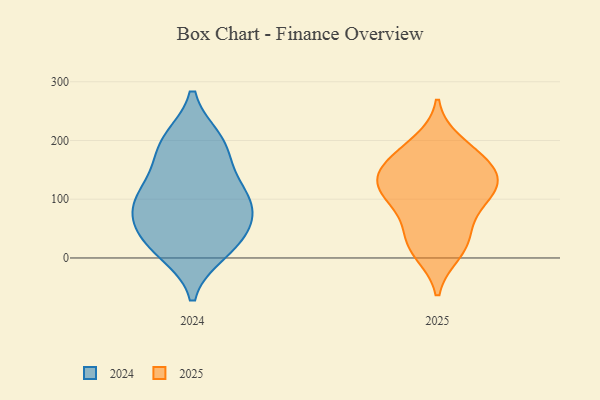
{"axis": {"x": "Demand Index", "y": "Value"}, "legend": ["2024", "2025"], "data": [{"x": "", "y": 20, "type": "2025"}, {"x": "", "y": 10, "type": "2025"}, {"x": "", "y": 154, "type": "2025"}, {"x": "", "y": 116, "type": "2025"}, {"x": "", "y": 102, "type": "2025"}, {"x": "", "y": 196, "type": "2025"}, {"x": "", "y": 179, "type": "2025"}, {"x": "", "y": 113, "type": "2025"}, {"x": "", "y": 155, "type": "2025"}, {"x": "", "y": 33, "type": "2025"}, {"x": "", "y": 106, "type": "2025"}, {"x": "", "y": 152, "type": "2025"}, {"x": "", "y": 130, "type": "2025"}, {"x": "", "y": 59, "type": "2025"}, {"x": "", "y": 91, "type": "2024"}, {"x": "", "y": 135, "type": "2024"}, {"x": "", "y": 196, "type": "2024"}, {"x": "", "y": 45, "type": "2024"}, {"x": "", "y": 85, "type": "2024"}, {"x": "", "y": 92, "type": "2024"}, {"x": "", "y": 76, "type": "2024"}, {"x": "", "y": 20, "type": "2024"}, {"x": "", "y": 186, "type": "2024"}, {"x": "", "y": 123, "type": "2024"}, {"x": "", "y": 29, "type": "2024"}, {"x": "", "y": 200, "type": "2024"}, {"x": "", "y": 11, "type": "2024"}]}